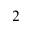
^ 2